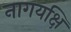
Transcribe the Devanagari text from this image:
नागयक्षि